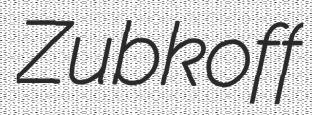
Zubkoff